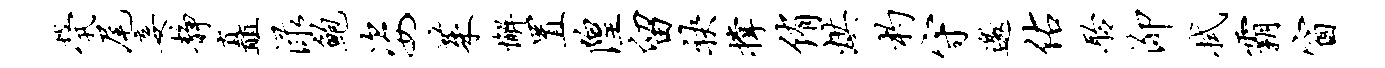
茕尾妾静矗渌鲍姿茱懈置隍留袂撑侑烘杓守邀佑聆泖拭霸窗